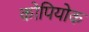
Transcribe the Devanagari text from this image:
कोपियोक